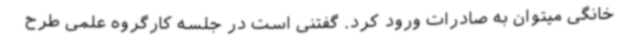
خانگی میتوان به صادرات ورود کرد. گفتنی است در جلسه کارگروه علمی طرح